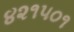
૪૨૧૫૦૧